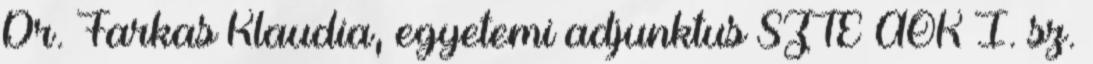
Dr. Farkas Klaudia, egyetemi adjunktus SZTE ÁOK I. sz.